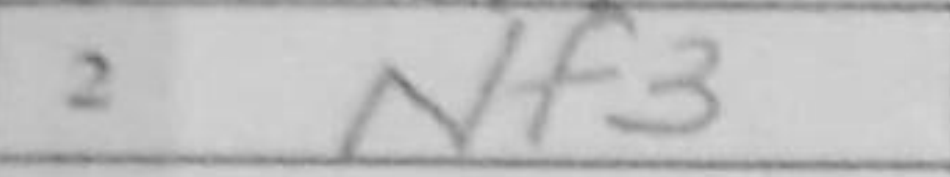
Transcription: Nf3